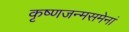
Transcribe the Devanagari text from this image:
कृष्णजन्मसमेनां